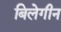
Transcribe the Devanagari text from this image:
बिलेगीन